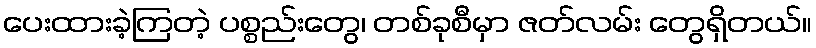
ပေးထားခဲ့ကြတဲ့ ပစ္စည်းတွေ၊ တစ်ခုစီမှာ ဇတ်လမ်း တွေရှိတယ်။